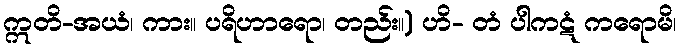
ဣတိ-အယံ၊ ကား။ ပရိဟာရော၊ တည်း။) ဟိ- တံ ပါကဋံ ကရောမိ၊